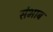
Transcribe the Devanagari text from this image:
संभाब